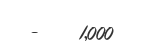
-    1